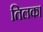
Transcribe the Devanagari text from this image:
तिलक।